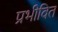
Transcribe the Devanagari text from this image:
प्रभीवित